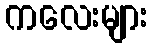
ကလေးများ